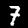
Label: 7